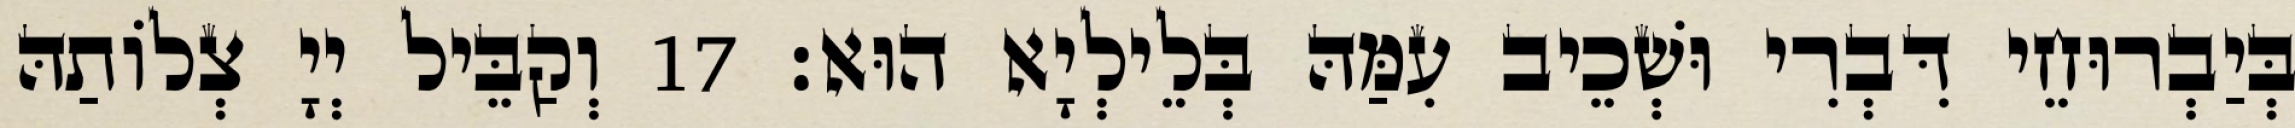
בְּיַבְרוּחֵי דִּבְרִי וּשְׁכֵיב עִמַּהּ בְּלֵילְיָא הוּא׃ 17 וְקַבֵּיל יְיָ צְלוֹתַהּ